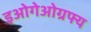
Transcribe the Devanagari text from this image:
इओगेओग्रफ्य